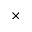
\times